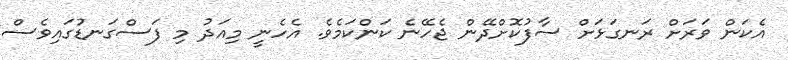
އެކަން ވަރަށް ރަނގަޅަށް ސާފުކޮށްދޭން ޖެހޭނެ ކަންކަމެވެ. އެހެނީ މިއަދު މި ފަސްގަނޑުގައިވެސް